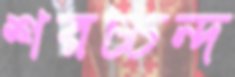
শরচ্চন্দ